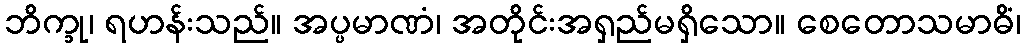
ဘိက္ခု၊ ရဟန်းသည်။ အပ္ပမာဏံ၊ အတိုင်းအရှည်မရှိသော။ စေတောသမာဓိံ၊